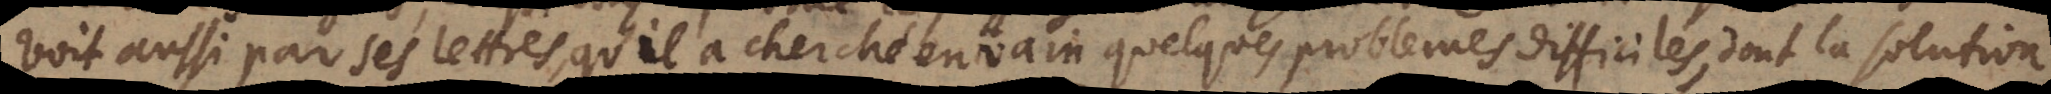
voit aussi par ses lettres, qu’il a cherché en vain quelques problemes difficiles, dont la solution